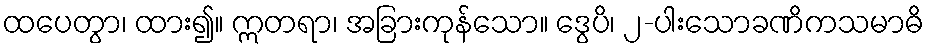
ထပေတွာ၊ ထား၍။ ဣတရာ၊ အခြားကုန်သော။ ဒွေပိ၊ ၂-ပါးသောခဏိကသမာဓိ